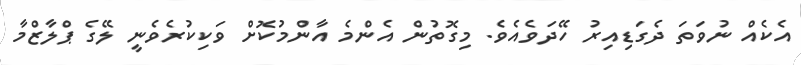
އެކެއް ނުވަތަ ދެގަޑިއިރު ހޭދަވެއެވެ. މިގޮތުން އެންމެ އާންމުކޮށް ވަކިކުރެވެނީ ލޭގެ ޕްލާޒްމާ